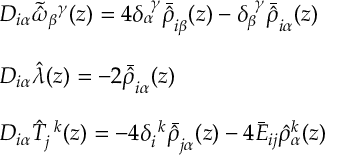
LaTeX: \begin{array} { l } { { D _ { i \alpha } \tilde { \hat { \omega } } _ { \beta } { } ^ { \gamma } ( z ) = 4 \delta _ { \alpha } ^ { ~ \gamma } \bar { \hat { \rho } } _ { i \beta } ( z ) - \delta _ { \beta } ^ { ~ \gamma } \bar { \hat { \rho } } _ { i \alpha } ( z ) } } \\ { { { } } } \\ { { D _ { i \alpha } \hat { \lambda } ( z ) = - 2 \bar { \hat { \rho } } _ { i \alpha } ( z ) } } \\ { { { } } } \\ { { D _ { i \alpha } \hat { T } _ { j } ^ { ~ k } ( z ) = - 4 \delta _ { i } ^ { ~ k } \bar { \hat { \rho } } _ { j \alpha } ( z ) - 4 \bar { \cal E } _ { i j } \hat { \rho } { } _ { \alpha } ^ { k } ( z ) } } \end{array}